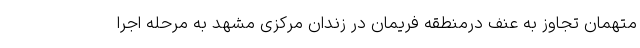
متهمان تجاوز به عنف درمنطقه فریمان در زندان مرکزی مشهد به مرحله اجرا